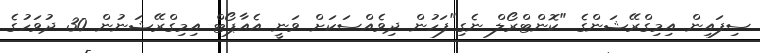
ސިފައިން އިމިގްރޭޝަންގެ "ކޮންޓްރޯލް ނެގި"ފަހުން ދިވެއްސަކަށް ވަނީ އެއާޕޯޓް އިމިގްރޭޝަނުން 30 ދުވަހުގެ